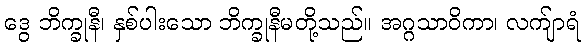
ဒွေ ဘိက္ခုနီ၊ နှစ်ပါးသော ဘိက္ခုနီမတို့သည်။ အဂ္ဂသာဝိကာ၊ လက်ျာရံ